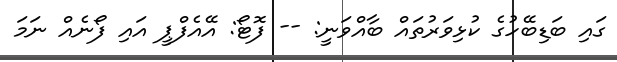
ގައި ބަޑިބޭހުގެ ކުޅިވަރުތައް ބާއްވަނީ: -- ފޮޓޯ: އޭއެފްޕީ އައި ފޯނެއް ނަމަ